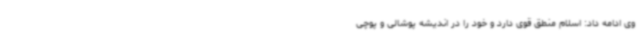
وی ادامه داد: اسلام منطق قوی دارد و خود را در اندیشه پوشالی و پوچی